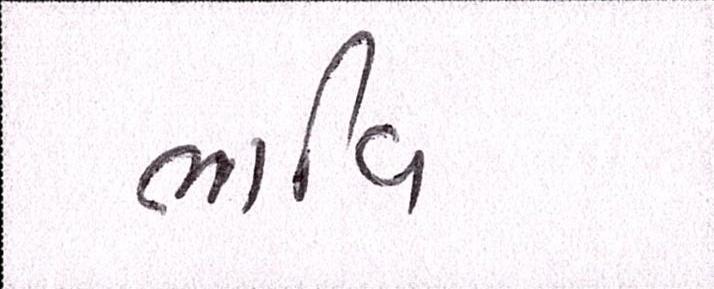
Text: ભાવિ